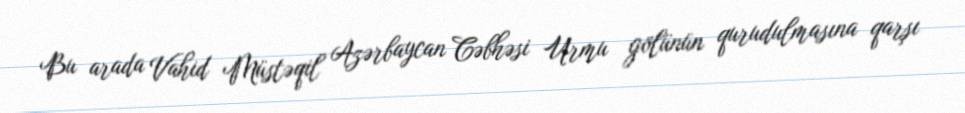
Bu arada Vahid Müstəqil Azərbaycan Cəbhəsi Urmu gölünün qurudulmasına qarşı